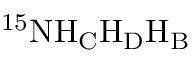
\mathrm { ^ { 1 5 } N H _ { C } H _ { D } H _ { B } }